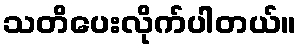
သတိပေးလိုက်ပါတယ်။